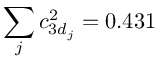
\sum _ { j } c _ { 3 d _ { j } } ^ { 2 } = 0 . 4 3 1